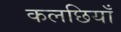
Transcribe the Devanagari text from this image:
कलछियाँ